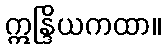
ဣန္ဒြိယကထာ။